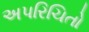
અપરિચિતો